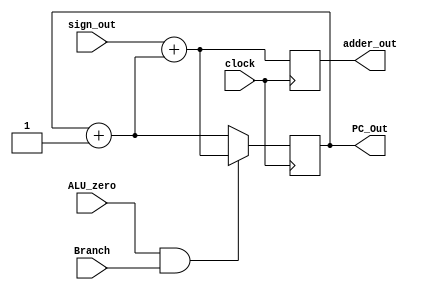
`timescale 1ns / 1ps
//////////////////////////////////////////////////////////////////////////////////
// Company: 
// Engineer: 
// 
// Design Name: 
// Module Name:    Program_Counter 
// Project Name: 
// Target Devices: 
// Tool versions: 
// Description: 
//
// Dependencies: 
//
// Revision: 
// Revision 0.01 - File Created
// Additional Comments: 
//
//////////////////////////////////////////////////////////////////////////////////
module Program_Counter(
	PC_Out,
	clock,
	sign_out,
	ALU_zero,
	Branch,
	adder_out
    );

input clock;
input [31:0] sign_out;
input ALU_zero;
input Branch;
output reg [31:0] adder_out;
output reg [31:0] PC_Out;

	always@(posedge clock)
	begin
		PC_Out = PC_Out + 1;
		
		adder_out = sign_out + PC_Out;
		
	if(ALU_zero == 1 && Branch == 1)
	begin
		PC_Out = adder_out;
	end
	
	
	end

	
	

endmodule